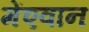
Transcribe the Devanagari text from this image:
मेंएवान